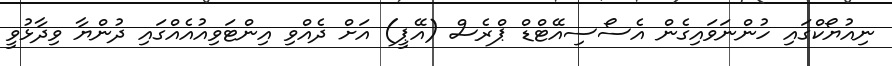
ނިއުޔޯކްގައި ހުންނަވައިގެން އެސޯސިއޭޓްޑް ޕްރެސް (އޭޕީ) އަށް ދެއްވި އިންޓަވިއުއެއްގައި ދުންޔާ ވިދާޅުވީ